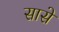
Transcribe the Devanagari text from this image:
सासे